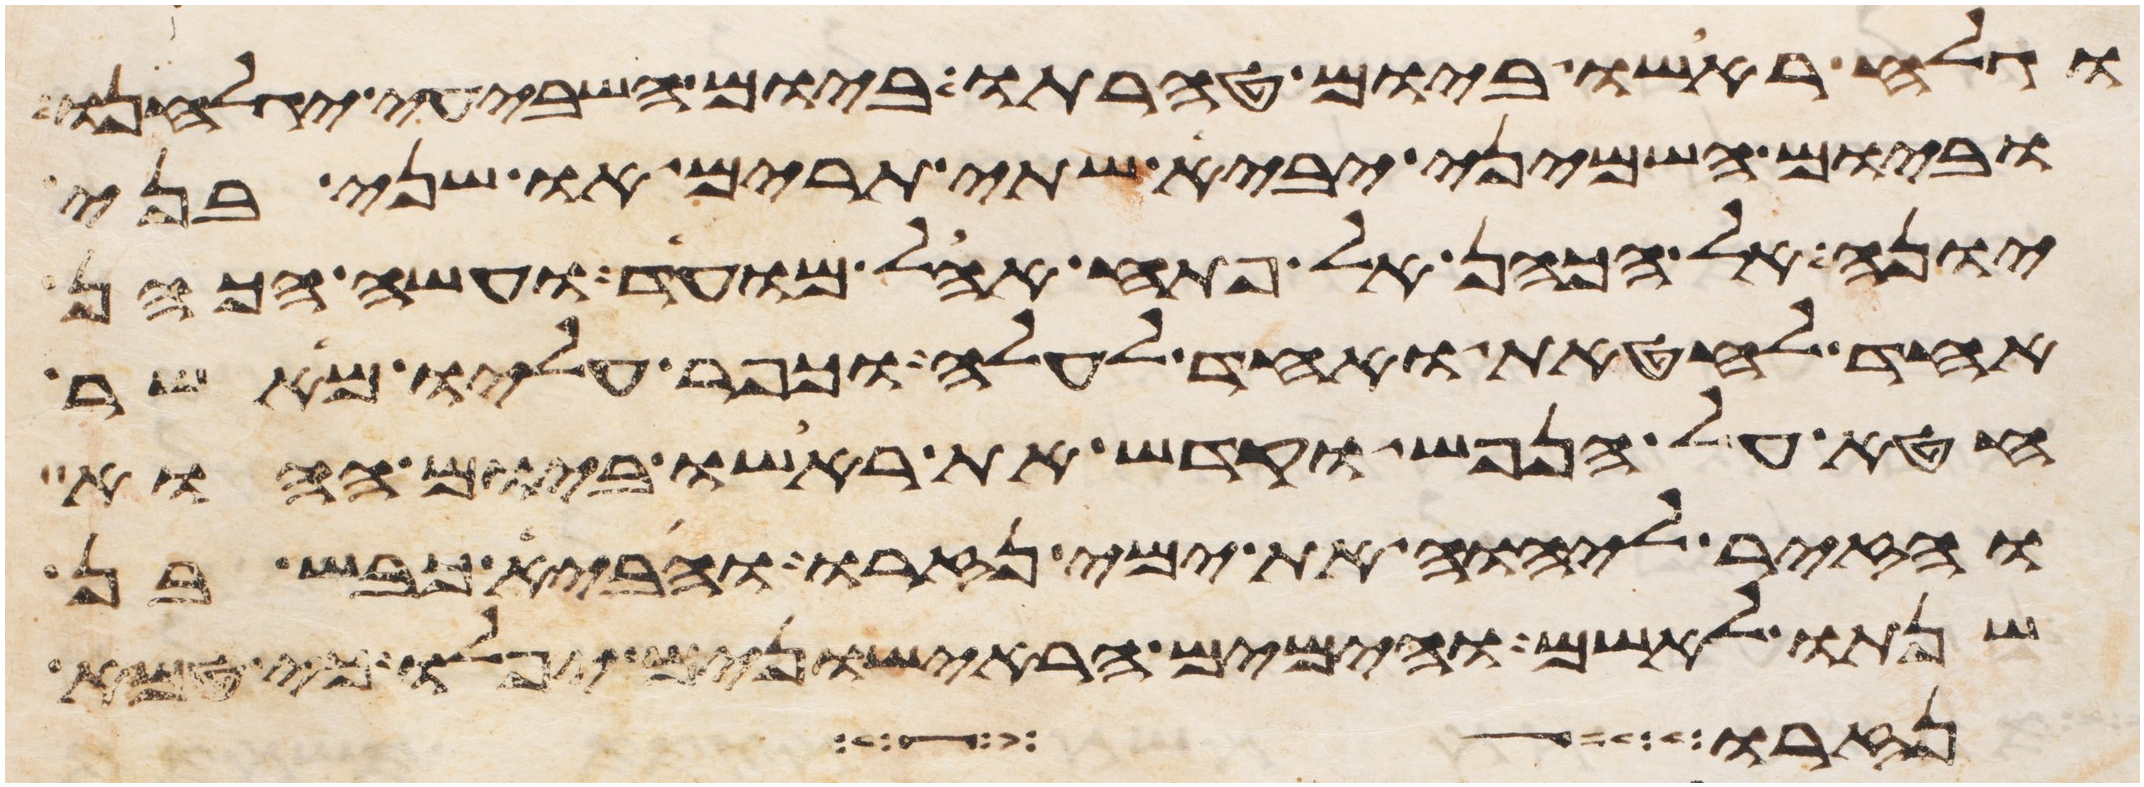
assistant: וגלח ראשו ביום טהרתו ביום השביעי יגלחנו
וביום השמיני יביא שתי תרים או שני בני
יונה אל הכהן אל פתח אהל מועד ועשה הכהן
אחד לחטאת ואחד לעלה וכפר עליו מאשר
חטא על הנפש וקדש את ראשו ביום ההוא
והזיר ליהוה את ימי נזרו והביא כבש בן
שנתו לאשם והימים הראישונים יפלו כי טמא
נזרו